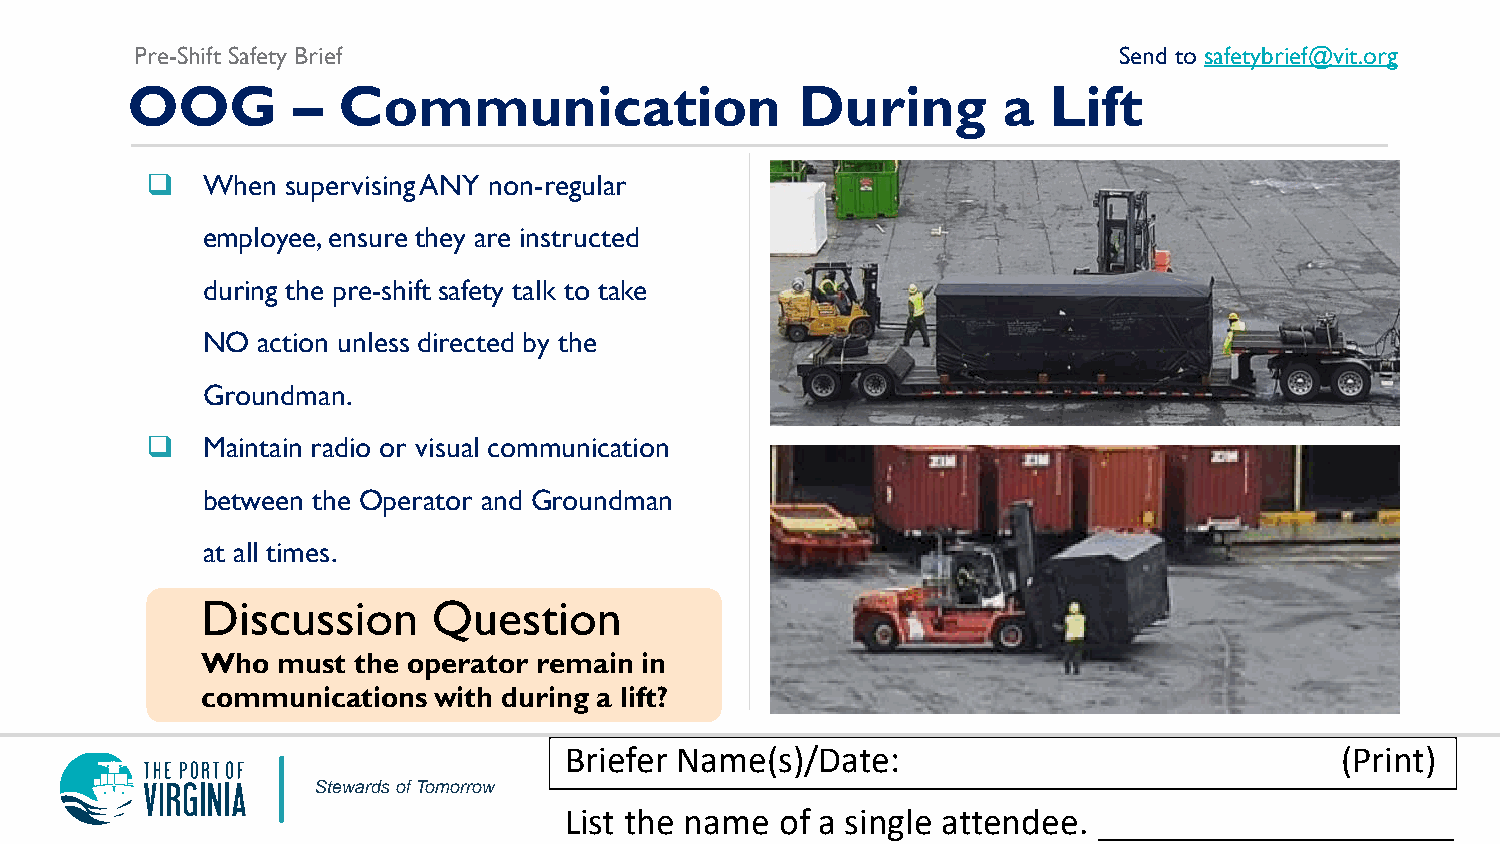
Pre-Shift Safety Brief                                           Send to safetybrief@vit.org
 OOG        –  Communication                  During       a   Lift
   When  supervising ANY non-regular
 employee, ensure they are instructed
 during the pre-shift safety talk to take
 NO  action unless directed by the
 Groundman.
   Maintain radio or visual communication
 between the Operator and Groundman
 at all times.
 Discussion      Question
 Who  must the operator remain in
 communications  with during a lift?
 Briefer Name(s)/Date:                               (Print)
 Stewards of Tomorrow
 List the name  of a single attendee. ___________________